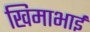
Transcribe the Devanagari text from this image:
खिमाभाई